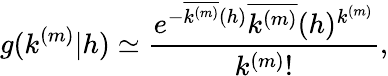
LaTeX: g(k^{(m)}|h)\simeq\frac{e^{-\overline{{k^{(m)}}}(h)}\overline{{k^{(m)}}}(h)^{k^{(m)}}}{k^{(m)}!},